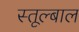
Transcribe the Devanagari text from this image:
स्तूल्बाल